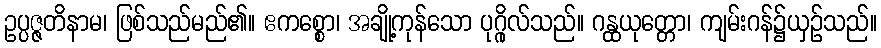
ဥပ္ပဇ္ဇတိနာမ၊ ဖြစ်သည်မည်၏။ ဧကစ္စော၊ အချို့ကုန်သော ပုဂ္ဂိုလ်သည်။ ဂန္ထယုတ္တော၊ ကျမ်းဂန်၌ယှဉ်သည်။